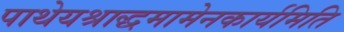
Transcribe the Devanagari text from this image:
पाथेयश्राद्धमामेनकार्यमिति